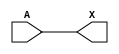
`timescale 1ps/1ps

module sky130_fd_sc_hd_dlygate4sd3_1 (
    input A,
    output reg X
);

    always @(A) begin
        #375; // Delay of 375 picoseconds
        X = A;
    end

endmodule